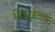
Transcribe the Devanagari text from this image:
हिन्दुहरुको